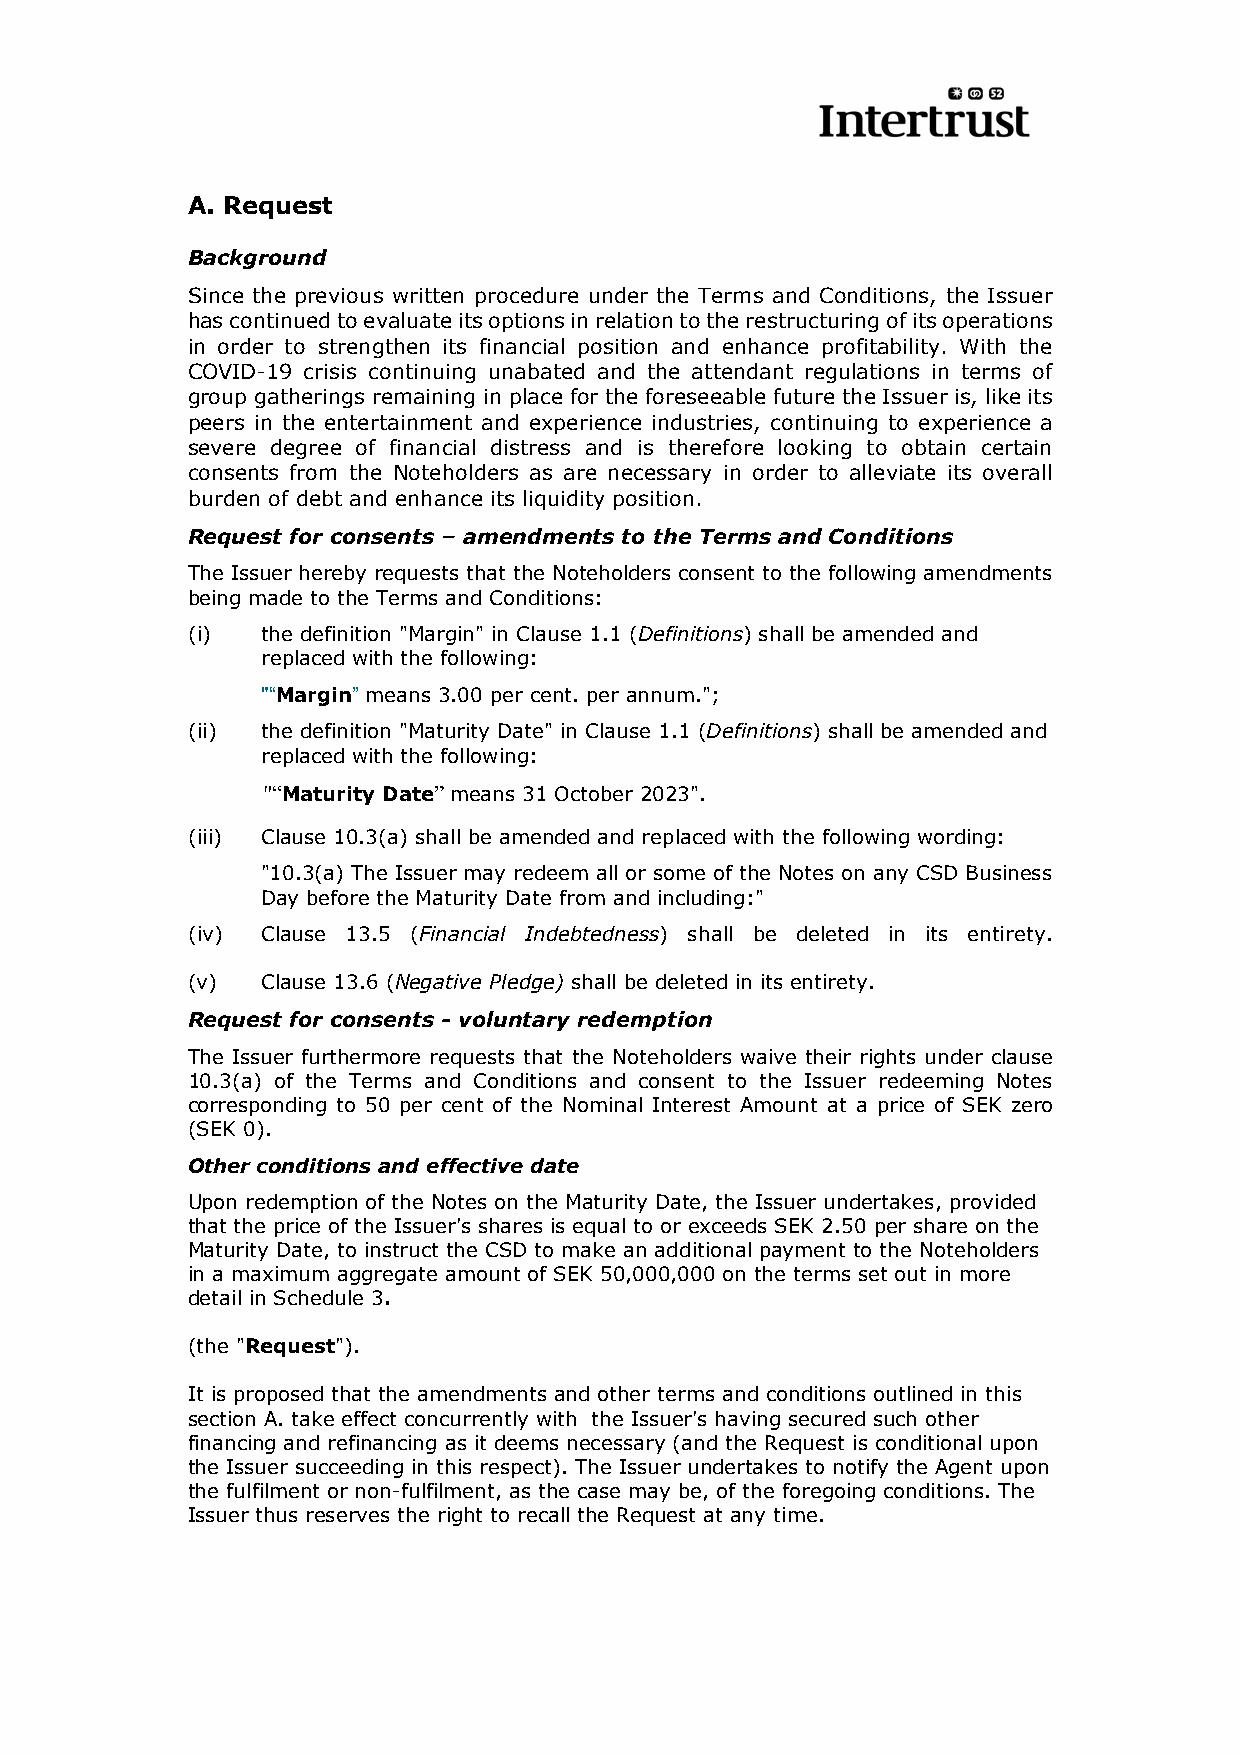
A. Request
 Background
 Since the previous written procedure under the Terms and Conditions, the Issuer
 has continued to evaluate its options in relation to the restructuring of its operations
 in order to strengthen its financial position and enhance profitability. With the
 COVID-19 crisis continuing unabated and the attendant regulations in terms of
 group gatherings remaining in place for the foreseeable future the Issuer is, like its
 peers in the entertainment and experience industries, continuing to experience a
 severe degree of financial distress and is therefore looking to obtain certain
 consents from the Noteholders as are necessary in order to alleviate its overall
 burden of debt and enhance its liquidity position.
 Request for consents – amendments to the Terms and Conditions
 The Issuer hereby requests that the Noteholders consent to the following amendments
 being made to the Terms and Conditions:
 (i)  the definition "Margin" in Clause 1.1 (Definitions) shall be amended and
 replaced with the following:
 "“Margin” means 3.00 per cent. per annum.";
 (ii) the definition "Maturity Date" in Clause 1.1 (Definitions) shall be amended and
 replaced with the following:
 "“Maturity Date” means 31 October 2023".
 (iii) Clause 10.3(a) shall be amended and replaced with the following wording:
 "10.3(a) The Issuer may redeem all or some of the Notes on any CSD Business
 Day before the Maturity Date from and including:"
 (iv) Clause 13.5 (Financial Indebtedness) shall be deleted in its entirety.
 (v)  Clause 13.6 (Negative Pledge) shall be deleted in its entirety.
 Request for consents - voluntary redemption
 The Issuer furthermore requests that the Noteholders waive their rights under clause
 10.3(a) of the Terms and Conditions and consent to the Issuer redeeming Notes
 corresponding to 50 per cent of the Nominal Interest Amount at a price of SEK zero
 (SEK 0).
 Other conditions and effective date
 Upon redemption of the Notes on the Maturity Date, the Issuer undertakes, provided
 that the price of the Issuer's shares is equal to or exceeds SEK 2.50 per share on the
 Maturity Date, to instruct the CSD to make an additional payment to the Noteholders
 in a maximum aggregate amount of SEK 50,000,000 on the terms set out in more
 detail in Schedule 3.
 (the "Request").
 It is proposed that the amendments and other terms and conditions outlined in this
 section A. take effect concurrently with the Issuer's having secured such other
 financing and refinancing as it deems necessary (and the Request is conditional upon
 the Issuer succeeding in this respect). The Issuer undertakes to notify the Agent upon
 the fulfilment or non-fulfilment, as the case may be, of the foregoing conditions. The
 Issuer thus reserves the right to recall the Request at any time.